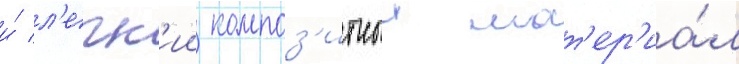
и́ л'егк'ии композ'итныи мат'ер'иа́л